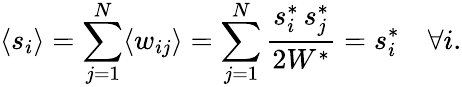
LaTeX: \langle s_{i}\rangle=\sum_{j=1}^{N}\langle w_{ij}\rangle=\sum_{j=1}^{N}\frac{s_{i}^{*}\, s_{j}^{*}}{2W^{*}}=s_{i}^{*}\quad\forall i.